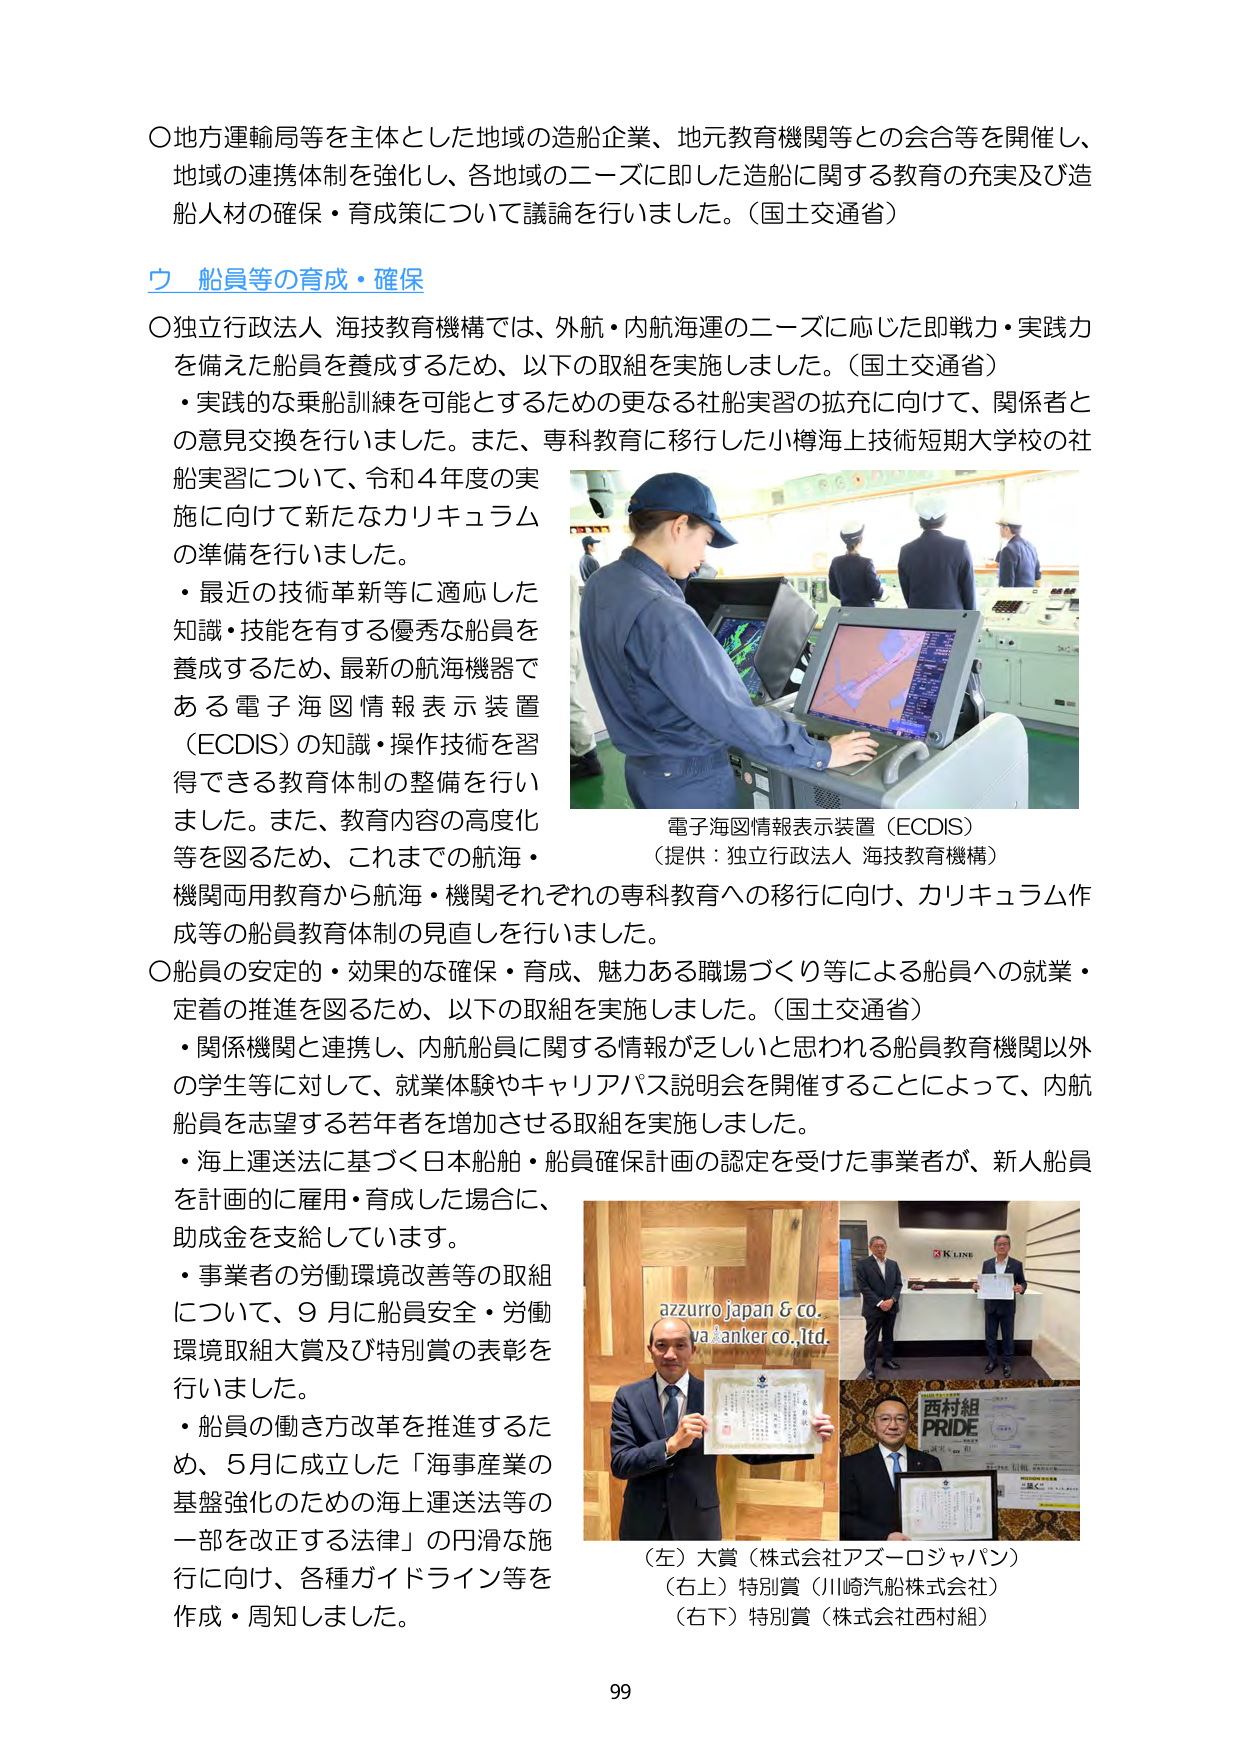
〇地方運輸局等を主体とした地域の造船企業、地元教育機関等との会合等を開催し、
地域の連携体制を強化し、各地域のニーズに即した造船に関する教育の充実及び造船人材の確保・育成策について議論を行いました。（国土交通省）

ウ 船員等の育成・確保

〇独立行政法人 海技教育機構では、外航・内航海運のニーズに応じた即戦力・実践力を備えた船員を養成するため、以下の取組を実施しました。（国土交通省）
・実践的な乗船訓練を可能とするための更なる社船実習の拡充に向けて、関係者との意見交換を行いました。また、専科教育に移行した小樽海上技術短期大学校の社船実習について、令和4年度の実施に向けて新たなカリキュラムの準備を行いました。
・最近の技術革新等に適応した知識・技能を有する優秀な船員を養成するため、最新の航海機器である電子海図情報表示装置（ECDIS）の知識・操作技術を習得できる教育体制の整備を行いました。また、教育内容の高度化等を図るため、これまでの航海・機関両用教育から航海・機関それぞれの専科教育への移行に向け、カリキュラム作成等の船員教育体制の見直しを行いました。

電子海図情報表示装置（ECDIS）
（提供：独立行政法人 海技教育機構）

〇船員の安定的・効果的な確保・育成、魅力ある職場づくり等による船員への就業・定着の推進を図るため、以下の取組を実施しました。（国土交通省）
・関係機関と連携し、内航船員に関する情報が乏しいと思われる船員教育機関以外の学生等に対して、就業体験やキャリアパス説明会を開催することによって、内航船員を志望する若年者を増加させる取組を実施しました。
・海上運送法に基づく日本船舶・船員確保計画の認定を受けた事業者が、新人船員を計画的に雇用・育成した場合に、助成金を支給しています。
・事業者の労働環境改善等の取組について、9月に船員安全・労働環境取組大賞及び特別賞の表彰を行いました。
・船員の働き方改革を推進するため、5月に成立した「海事産業の基盤強化のための海上運送法等の一部を改正する法律」の円滑な施行に向け、各種ガイドライン等を作成・周知しました。

（左）大賞（株式会社アズーロジャパン）
（右上）特別賞（川崎汽船株式会社）
（右下）特別賞（株式会社西村組）

99